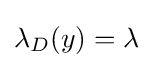
\lambda _{D}(y)=\lambda